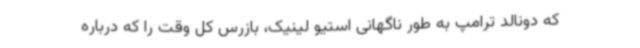
که دونالد ترامپ به طور ناگهانی استیو لینیک، بازرس کل وقت را که درباره